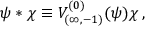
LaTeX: \psi * \chi \equiv V _ { ( \infty , - 1 ) } ^ { ( 0 ) } ( \psi ) \chi \, ,